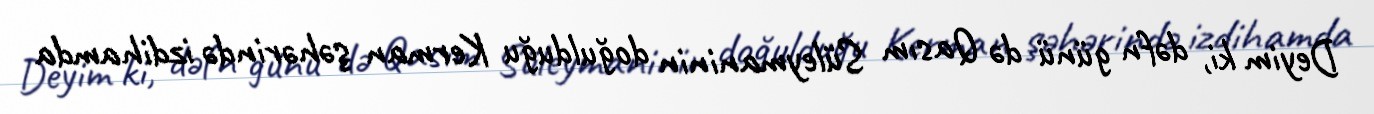
Deyim ki, dəfn günü də Qasım Süleymaninin doğulduğu Kerman şəhərində izdihamda